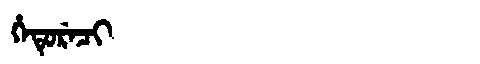
Manchu: ᡥᡝᡨᡠᡵᡝᠴᡳ
Romanization: HETURECI